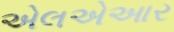
એલએઆર